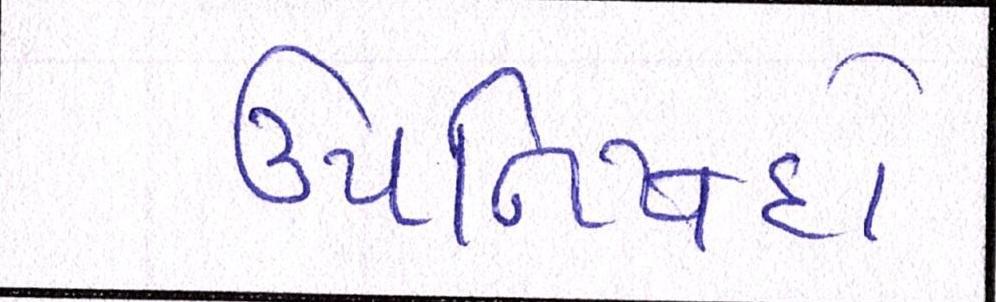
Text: ઉપનિષદો